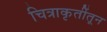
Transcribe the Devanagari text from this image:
चित्राकृतींतून